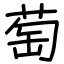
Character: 萄